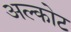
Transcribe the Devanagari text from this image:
अल्कोट